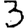
Digit: 3